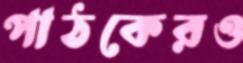
পাঠকেরও